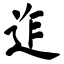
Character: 迮